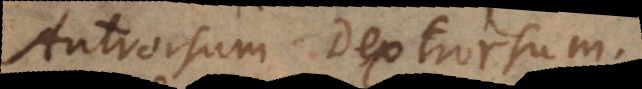
Antrorsum. Dextrorsum.